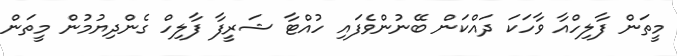
މީތަން ފާލިހްއާ ވާހަކަ ދައްކަން ބޭނުންވެފައި ހުއްޓާ ޝަރީފާ ފާލިހް ގެންދިޔުމުން މީތަން